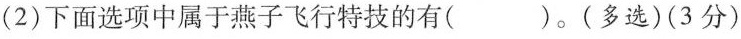
(2)下面选项中属于燕子飞行特技的有( )。(多选)(3分)